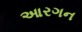
આરગન